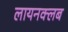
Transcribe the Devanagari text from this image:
लायनक्लब